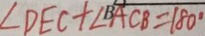
\angle D E C + \angle B A C B = 1 8 0 ^ { \circ }